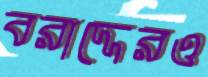
বরাদ্দেরও